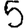
Digit: 5